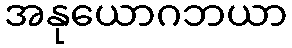
အနုယောဂဘယာ